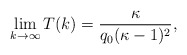
\begin{align*}\lim \limits_{k \to \infty}T(k)=\dfrac{\kappa}{q_0(\kappa-1)^2},\end{align*}